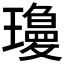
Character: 𱯿